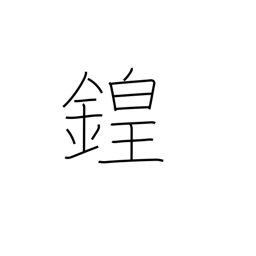
Meaning: sound of bells and drums